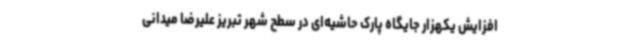
افزایش یکهزار جایگاه پارک حاشیه‌ای در سطح شهر تبریز علیرضا میدانی